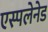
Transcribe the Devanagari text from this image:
एस्पलेनेड